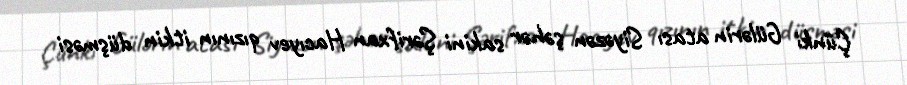
Çünki Gülərin atası Siyəzən şəhər sakini Şərifxan Hacıyev qızının itkin düşməsi